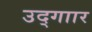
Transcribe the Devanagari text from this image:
उद्गाार